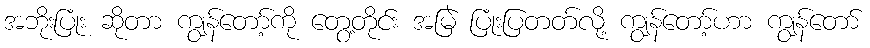
အဘိုးပြုံး ဆိုတာ ကျွန်တော့်ကို တွေ့တိုင်း အမြဲ ပြုံးပြတတ်လို့ ကျွန်တော့်ဟာ ကျွန်တော်